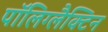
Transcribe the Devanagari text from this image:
पॉलिग्लैक्टिन